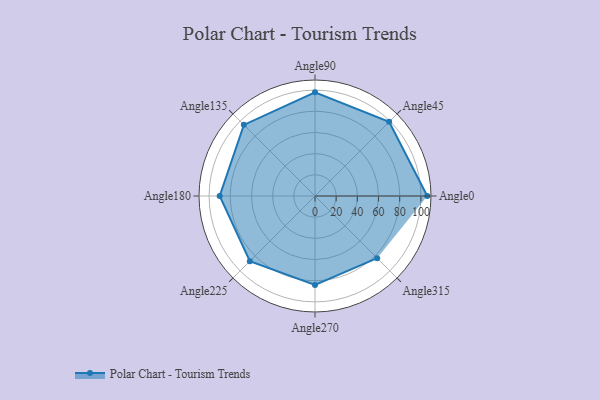
{"axis": {"x": "Angle", "y": "Radius"}, "legend": [""], "data": [{"x": "Angle0", "y": 106.0, "type": ""}, {"x": "Angle45", "y": 99.0, "type": ""}, {"x": "Angle90", "y": 98.0, "type": ""}, {"x": "Angle135", "y": 95.0, "type": ""}, {"x": "Angle180", "y": 90.0, "type": ""}, {"x": "Angle225", "y": 87.0, "type": ""}, {"x": "Angle270", "y": 84.0, "type": ""}, {"x": "Angle315", "y": 83.0, "type": ""}]}